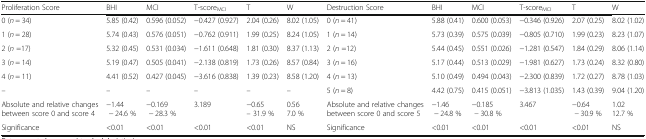
<table><thead><tr><td><b>Proliferation Score</b></td><td><b>BHI</b></td><td><b>MCI</b></td><td><b>T-score<sub>MCI</sub></b></td><td><b>T</b></td><td><b>W</b></td><td><b>Destruction Score</b></td><td><b>BHI</b></td><td><b>MCI</b></td><td><b>T-score<sub>MCI</sub></b></td><td><b>T</b></td><td><b>W</b></td></tr></thead><tbody><tr><td>0 (<i>n</i> = 34)</td><td>5.85 (0.42)</td><td>0.596 (0.052)</td><td>−0.427 (0.927)</td><td>2.04 (0.26)</td><td>8.02 (1.05)</td><td>0 (<i>n</i> = 41)</td><td>5.88 (0.41)</td><td>0.600 (0.053)</td><td>−0.346 (0.926)</td><td>2.07 (0.25)</td><td>8.02 (1.02)</td></tr><tr><td>1 (<i>n</i> = 28)</td><td>5.74 (0.43)</td><td>0.576 (0.051)</td><td>−0.762 (0.911)</td><td>1.99 (0.25)</td><td>8.24 (1.05)</td><td>1 (<i>n</i> = 14)</td><td>5.73 (0.39)</td><td>0.575 (0.039)</td><td>−0.805 (0.710)</td><td>1.99 (0.23)</td><td>8.23 (1.07)</td></tr><tr><td>2 (<i>n</i> =17)</td><td>5.32 (0.45)</td><td>0.531 (0.034)</td><td>−1.611 (0.648)</td><td>1.81 (0.30)</td><td>8.37 (1.13)</td><td>2 (<i>n</i> =12)</td><td>5.44 (0.45)</td><td>0.551 (0.026)</td><td>−1.281 (0.547)</td><td>1.84 (0.29)</td><td>8.06 (1.14)</td></tr><tr><td>3 (<i>n</i> = 14)</td><td>5.19 (0.47)</td><td>0.505 (0.041)</td><td>−2.138 (0.819)</td><td>1.73 (0.26)</td><td>8.57 (0.84)</td><td>3 (<i>n</i> = 16)</td><td>5.17 (0.44)</td><td>0.513 (0.029)</td><td>−1.981 (0.627)</td><td>1.73 (0.24)</td><td>8.32 (0.80)</td></tr><tr><td>4 (<i>n</i> = 11)</td><td>4.41 (0.52)</td><td>0.427 (0.045)</td><td>−3.616 (0.838)</td><td>1.39 (0.23)</td><td>8.58 (1.20)</td><td>4 (<i>n</i> = 13)</td><td>5.10 (0.49)</td><td>0.494 (0.043)</td><td>−2.300 (0.839)</td><td>1.72 (0.27)</td><td>8.78 (1.03)</td></tr><tr><td>–</td><td>–</td><td>–</td><td>–</td><td>–</td><td>–</td><td>5 (<i>n</i> = 8)</td><td>4.42 (0.75)</td><td>0.415 (0.051)</td><td>−3.813 (1.035)</td><td>1.43 (0.39)</td><td>9.04 (1.20)</td></tr><tr><td>Absolute and relative changes between score 0 and score 4</td><td>−1.44 − 24.6 %</td><td>−0.169 − 28.3 %</td><td>3.189</td><td>−0.65– 31.9 %</td><td>0.567.0 %</td><td>Absolute and relative changes between score 0 and score 5</td><td>−1.46 − 24.8 %</td><td>−0.185 <i>−</i> 30.8 %</td><td>3.467</td><td>−0.64 <i>−</i> 30.9 %</td><td>1.0212.7 %</td></tr><tr><td>Significance</td><td>&lt;0.01</td><td>&lt;0.01</td><td>&lt;0.01</td><td>&lt;0.01</td><td>NS</td><td>Significance</td><td>&lt;0.01</td><td>&lt;0.01</td><td>&lt;0.01</td><td>&lt;0.01</td><td>NS</td></tr></tbody></table>